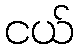
ငယ်